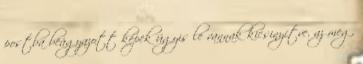
postba beágyazott képek úgyis le vannak kicsinyítve, az meg,